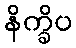
နိက္ခိပ